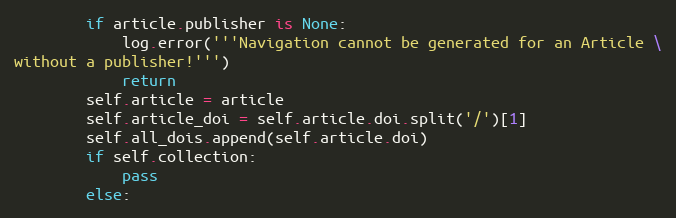
Language: Python
        if article.publisher is None:
            log.error('''Navigation cannot be generated for an Article \
without a publisher!''')
            return
        self.article = article
        self.article_doi = self.article.doi.split('/')[1]
        self.all_dois.append(self.article.doi)
        if self.collection:
            pass
        else: